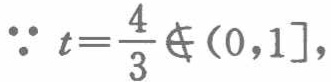
\(\because\ t = \frac{4}{3} \notin (0,1],\)